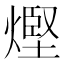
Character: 熞